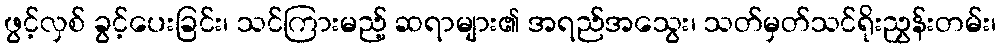
ဖွင့်လှစ် ခွင့်ပေးခြင်း၊ သင်ကြားမည့် ဆရာများ၏ အရည်အသွေး၊ သတ်မှတ်သင်ရိုးညွှန်းတမ်း၊